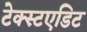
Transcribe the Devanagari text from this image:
टेक्स्टएडिट